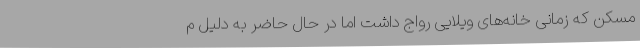
مسکن که زمانی خانه‌های ویلایی رواج داشت اما در حال حاضر به دلیل م